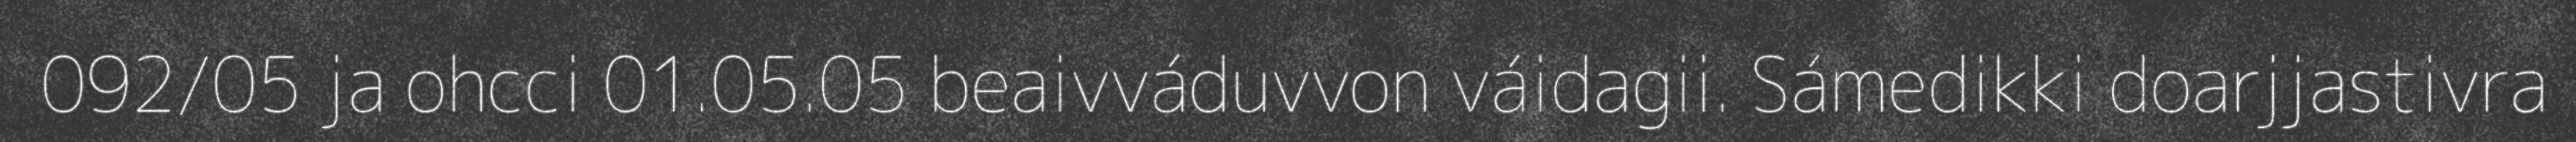
092/05 ja ohcci 01.05.05 beaivváduvvon váidagii. Sámedikki doarjjastivra